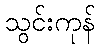
သွင်းကုန်